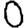
Digit: 0